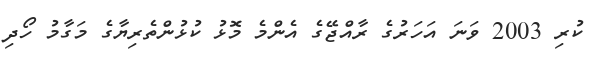
ކުރި 2003 ވަނަ އަހަރުގެ ރާއްޖޭގެ އެންމެ މޮޅު ކުޅުންތެރިޔާގެ މަގާމު ހޯދި